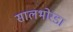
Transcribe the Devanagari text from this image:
सालभोरडा